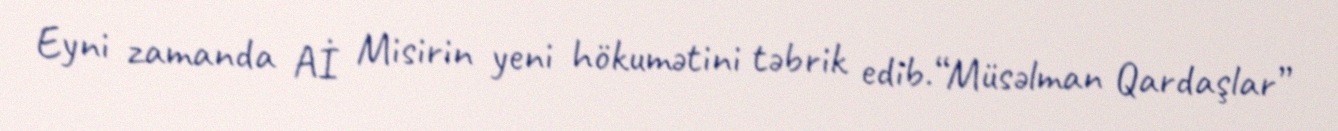
Eyni zamanda Aİ Misirin yeni hökumətini təbrik edib.“Müsəlman Qardaşlar”